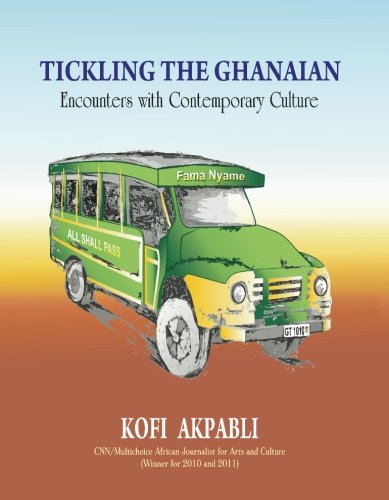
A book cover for Tickling the Ghanaian - Encounters with Contemporary Culture; Kofi Akpabli; Travel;